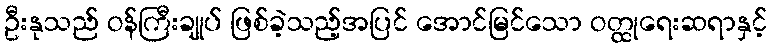
ဦးနုသည် ဝန်ကြီးချုပ် ဖြစ်ခဲ့သည့်အပြင် အောင်မြင်သော ဝတ္ထုရေးဆရာနှင့်